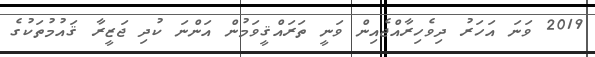
2019 ވަނަ އަހަރު ދިވެހިރާއްޖެއިން ވަނީ ތަރައްޤީވަމުން އަންނަ ކުދި ޖަޒީރާ ޤައުމުތަކުގެ